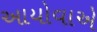
આયોવાએ